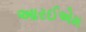
આરઈએમ